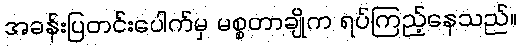
အခန်းပြတင်းပေါက်မှ မစ္စတာချိုက ရပ်ကြည့်နေသည်။